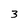
Character: 3